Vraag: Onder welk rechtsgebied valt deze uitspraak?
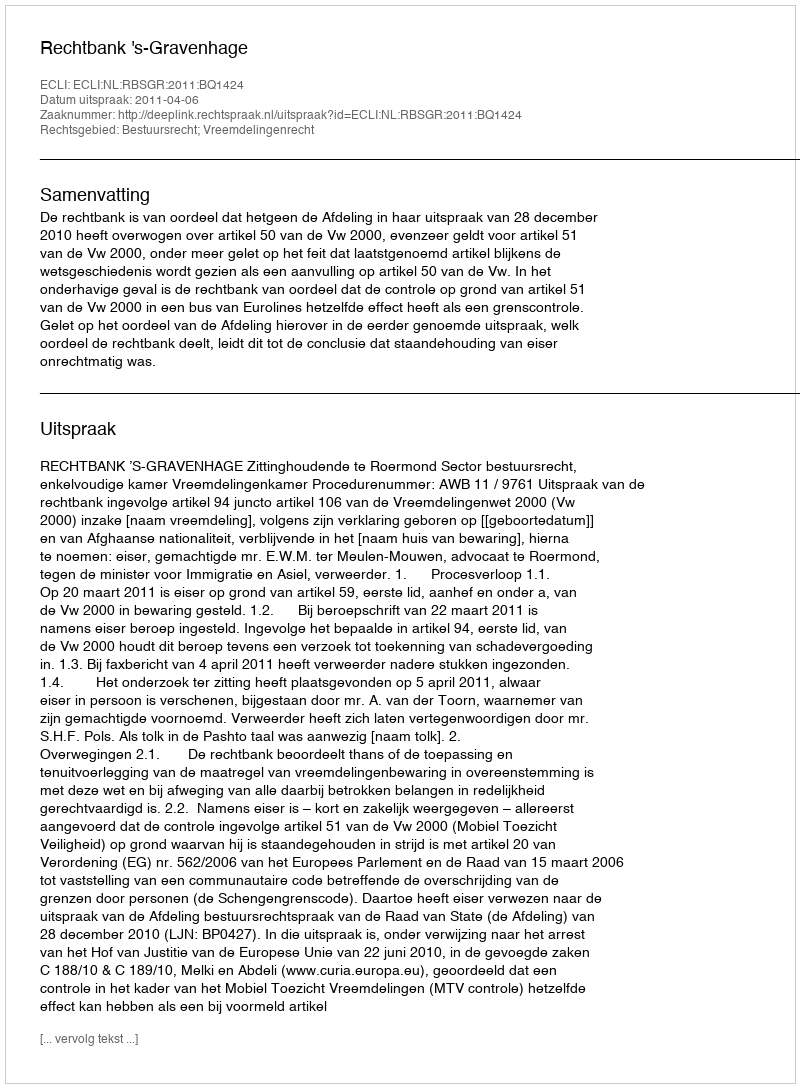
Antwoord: Bestuursrecht; Vreemdelingenrecht